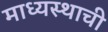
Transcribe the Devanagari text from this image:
माध्यस्थाची